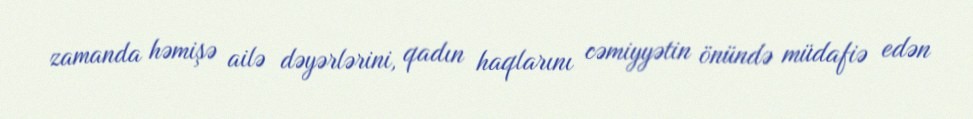
zamanda həmişə ailə dəyərlərini, qadın haqlarını cəmiyyətin önündə müdafiə edən